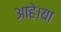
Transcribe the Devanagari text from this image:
आहे।या